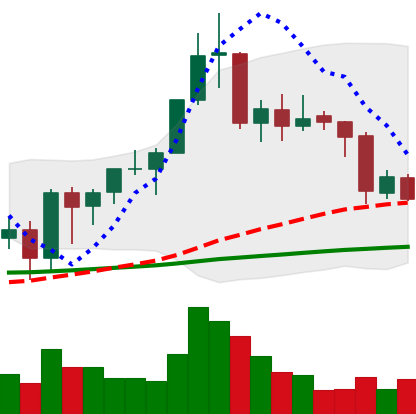
Ticker: BNB-USD
Chart end date: 2020-09-23
Forward return: 18.037%
Label: up_7plus